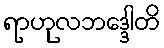
ရာဟုလဘဒ္ဒေါတိ